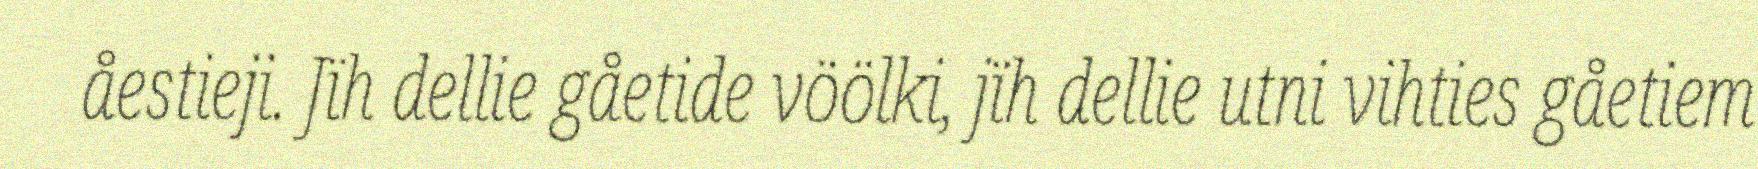
åestieji. Jïh dellie gåetide vöölki, jïh dellie utni vihties gåetiem